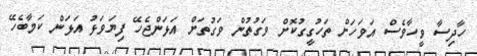
ހާދިސާ ވީހާވެސް އަވަހަށް ތަހުގީގުކޮށް ވަގުތުން ވަގުތަށް އަޅަންޖެހޭ ފިޔަވަޅު އަޅަން ކަމާބެހޭ